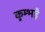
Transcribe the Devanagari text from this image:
कुम्भहै